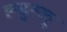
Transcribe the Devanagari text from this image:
ह्ळुह्ळु